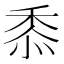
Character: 𮮐